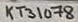
Text: KT31078